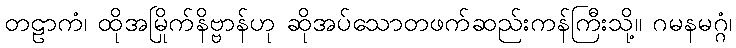
တဠာကံ၊ ထိုအမြိုက်နိဗ္ဗာန်ဟု ဆိုအပ်သောတဖက်ဆည်းကန်ကြီးသို့။ ဂမနမဂ္ဂံ၊